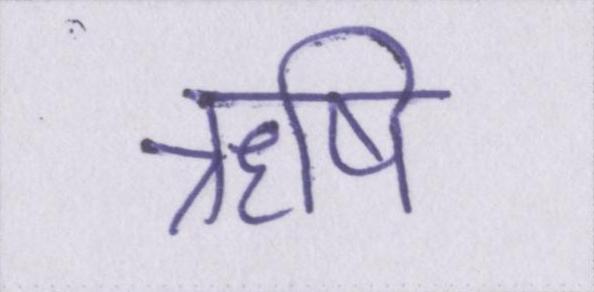
ॠषि